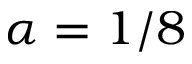
\alpha = 1 / 8